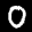
Digit: 0